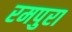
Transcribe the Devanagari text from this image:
रमपुरा